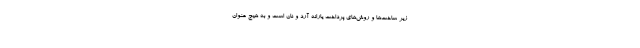
زیر ساخت‌ها و روش‌های پرداخت یارانه آرد و نان است و به هیچ عنوان